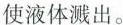
使液体溅出。